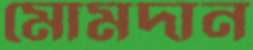
মোমদান